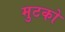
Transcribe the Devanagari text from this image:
मुटको